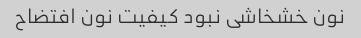
نون خشخاشی نبود کیفیت نون افتضاح